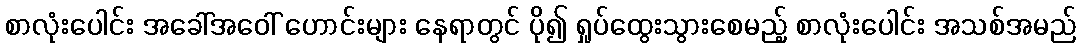
စာလုံးပေါင်း အခေါ်အဝေါ် ဟောင်းများ နေရာတွင် ပို၍ ရှုပ်ထွေးသွားစေမည့် စာလုံးပေါင်း အသစ်အမည်